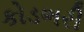
કોડભરી